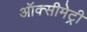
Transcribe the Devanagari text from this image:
ऑक्सीमेट्री